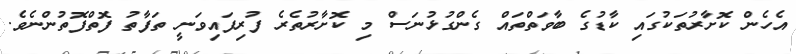
އެހެން ކޮށާރުތަކުގައި ކާޑުގެ ބާވަތްތައް ގެންގުޅުނަސް މި ކޮށާރުތެރެ ފުރިފައިވަނީ ތަފާތު ފޮތްފޮތުންނެވެ.